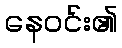
နေဝင်း၏